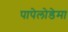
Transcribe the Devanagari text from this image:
पापेलोडेमा